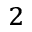
^ 2